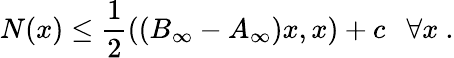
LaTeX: N(x)\le\frac{1}{2}\left(\left(B_{\infty}-A_{\infty}\right)x,x\right)+c\ \ \ \forall x\ .